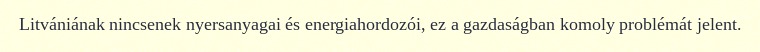
Litvániának nincsenek nyersanyagai és energiahordozói, ez a gazdaságban komoly problémát jelent.